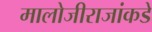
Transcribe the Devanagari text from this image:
मालोजीराजांकडे